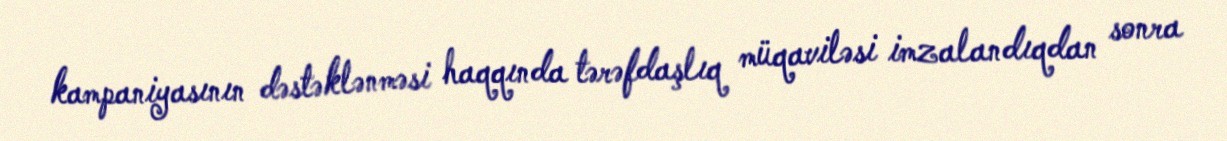
kampaniyasının dəstəklənməsi haqqında tərəfdaşlıq müqaviləsi imzalandıqdan sonra